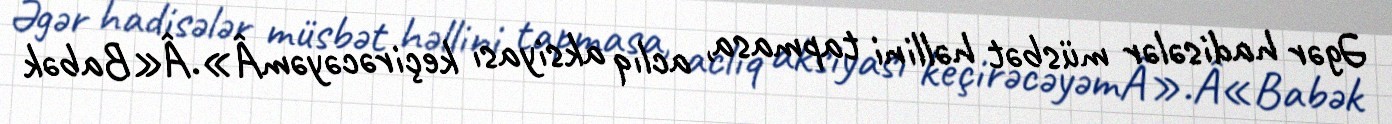
Əgər hadisələr müsbət həllini tapmasa, aclıq aksiyası keçirəcəyəmÂ».Â«Babək